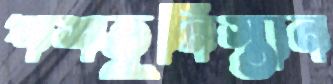
পশতুনিস্তান